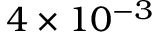
4 \times 1 0 ^ { - 3 }